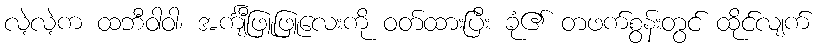
လဲ့လဲ့က ထဘီဝါဝါ၊ အင်္ကျီဖြူဖြူလေးကို ဝတ်ထားပြီး ခုံ၏ တဖက်စွန်းတွင် ထိုင်လျက်